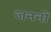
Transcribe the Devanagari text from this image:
जननों